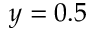
y = 0 . 5